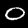
Digit: 0